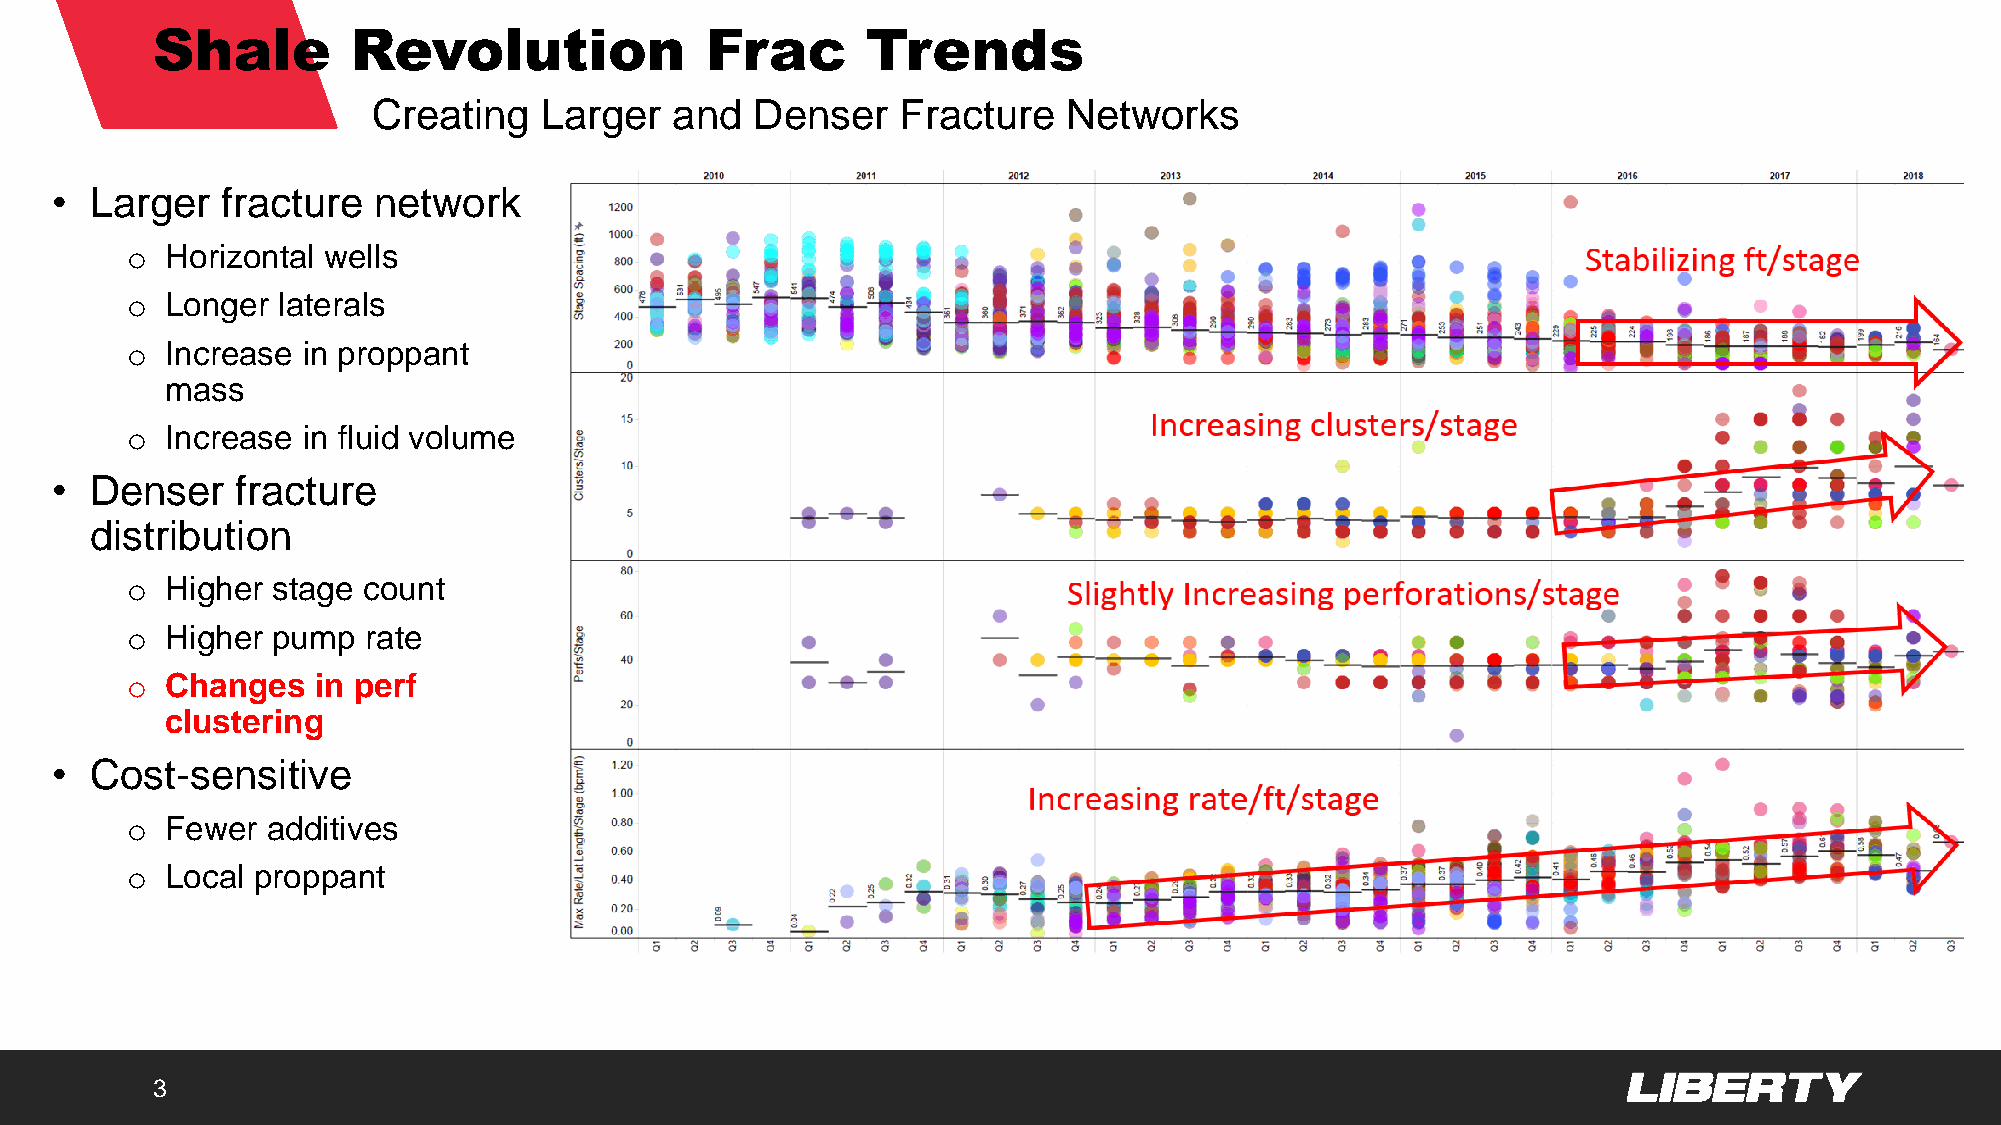
Shale        Revolution              Frac      Trends
 Creating   Larger  and   Denser    Fracture   Networks
 •  Larger   fracture  network
 o  Horizontal wells
 o  Longer laterals
 o  Increase in proppant
 mass
 o  Increase in fluid volume
 •  Denser    fracture
 distribution
 o  Higher stage count
 o  Higher pump  rate
 o  Changes   in perf
 clustering
 •  Cost-sensitive
 o  Fewer  additives
 o  Local proppant
 3